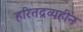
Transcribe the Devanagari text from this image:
हरितद्रव्यहीन